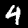
Label: 4